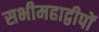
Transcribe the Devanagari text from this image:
सभीमहाद्वीपों